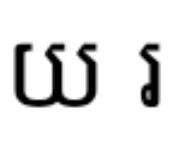
យ រ